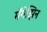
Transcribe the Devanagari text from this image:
मॅगेझिन